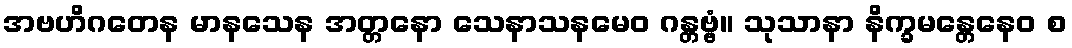
အဗဟိဂတေန မာနသေန အတ္တနော သေနာသနမေဝ ဂန္တဗ္ဗံ။ သုသာနာ နိက္ခမန္တေနေဝ စ